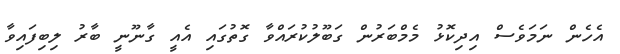
އެހެން ނަމަވެސް އިދިކޮޅު މެމްބަރުން ގަބޫލުކުރައްވާ ގޮތުގައި އެއީ ގާނޫނީ ބާރު ލިބިފައިވާ